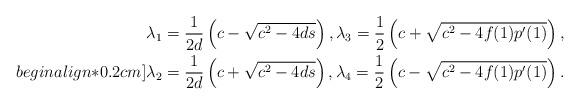
LaTeX: \begin{align*}\lambda_{1} & = \frac{1}{2d}\left(c-\sqrt{c^2-4ds}\right), \lambda_{3}=\frac{1}{2} \left(c+\sqrt{c^{2}-4f(1) p'(1)}\right), \\begin{align*}0.2cm]\lambda_{2} & = \frac{1}{2d}\left(c+\sqrt{c^2-4ds}\right), \lambda_{4}=\frac{1}{2} \left(c-\sqrt{c^{2}-4f(1) p'(1)}\right).\end{align*}